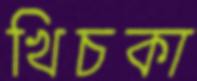
খিচকা